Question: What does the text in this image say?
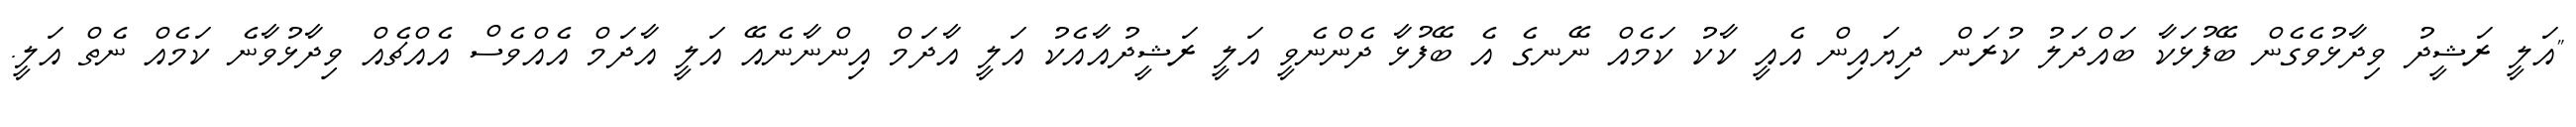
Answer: "އަލީ ރަޝީދު ވިދާޅުވެގެން ބޭފުޅަކާ ބައްދަލު ކުރަން ދިޔައިން އެއީ ކާކު ކަމެއް ނޭނގެ އެ ބޭފުޅާ ދެންނެވީ އަލީ ރަޝީދުއާއެކު އަލީ އާދަމް އިންނާނެއޭ އަލީ އާދަމް އެއްވެސް އެއްޗެއް ވިދާޅުވާނެ ކަމެއް ނެތް އަލީ.